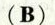
(B)